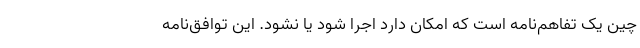
چین یک تفاهم‌نامه است که امکان دارد اجرا شود یا نشود. این توافق‌نامه